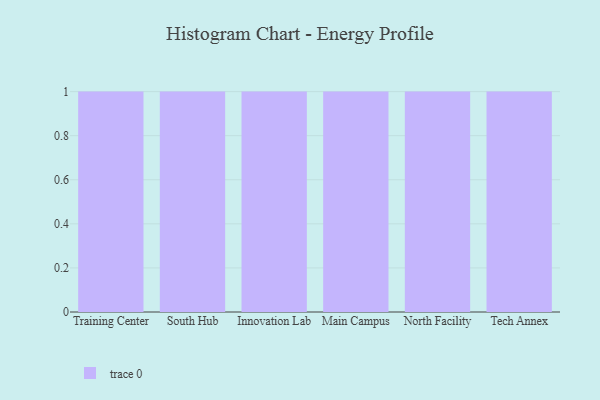
{"axis": {"x": "Campus", "y": "Inventory Turnover"}, "legend": [""], "data": [{"x": "Training Center", "y": 36, "type": ""}, {"x": "South Hub", "y": 34, "type": ""}, {"x": "Innovation Lab", "y": 29, "type": ""}, {"x": "Main Campus", "y": 52, "type": ""}, {"x": "North Facility", "y": 71, "type": ""}, {"x": "Tech Annex", "y": 68, "type": ""}]}